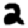
Digit: 2